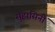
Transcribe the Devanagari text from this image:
सुहासिनीं